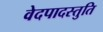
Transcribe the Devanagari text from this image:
वेदपादस्तुति